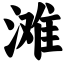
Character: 滩